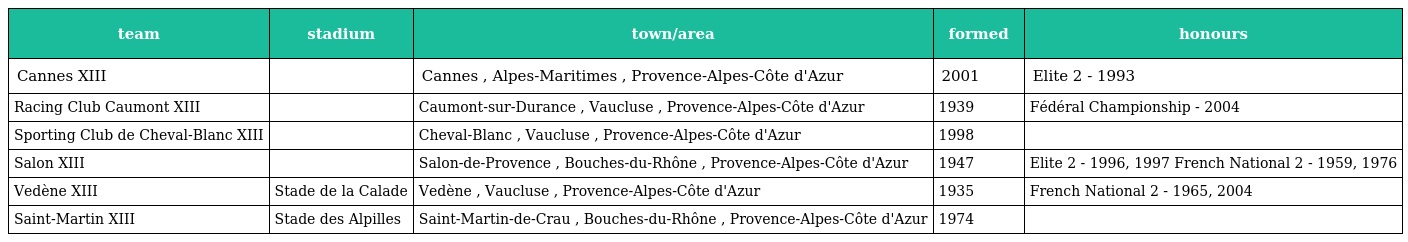
| team | stadium | town/area | formed | honours |
 | --- | --- | --- | --- | --- |
 | Cannes XIII |  | Cannes , Alpes-Maritimes , Provence-Alpes-Côte d'Azur | 2001 | Elite 2 - 1993 |
 | Racing Club Caumont XIII |  | Caumont-sur-Durance , Vaucluse , Provence-Alpes-Côte d'Azur | 1939 | Fédéral Championship - 2004 |
 | Sporting Club de Cheval-Blanc XIII |  | Cheval-Blanc , Vaucluse , Provence-Alpes-Côte d'Azur | 1998 |  |
 | Salon XIII |  | Salon-de-Provence , Bouches-du-Rhône , Provence-Alpes-Côte d'Azur | 1947 | Elite 2 - 1996, 1997 French National 2 - 1959, 1976 |
 | Vedène XIII | Stade de la Calade | Vedène , Vaucluse , Provence-Alpes-Côte d'Azur | 1935 | French National 2 - 1965, 2004 |
 | Saint-Martin XIII | Stade des Alpilles | Saint-Martin-de-Crau , Bouches-du-Rhône , Provence-Alpes-Côte d'Azur | 1974 |  |